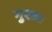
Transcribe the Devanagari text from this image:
मुएला